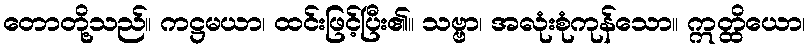
တောတို့သည်။ ကဋ္ဌမယာ၊ ထင်းဖြင့်ပြီး၏။ သဗ္ဗာ၊ အလုံးစုံကုန်သော။ ဣတ္ထိယော၊